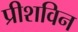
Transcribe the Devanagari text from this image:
प्रीशविन